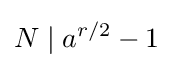
N\mid a^{r/2}-1